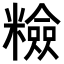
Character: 𥽋